Report on horse surra - Volume II, Part I
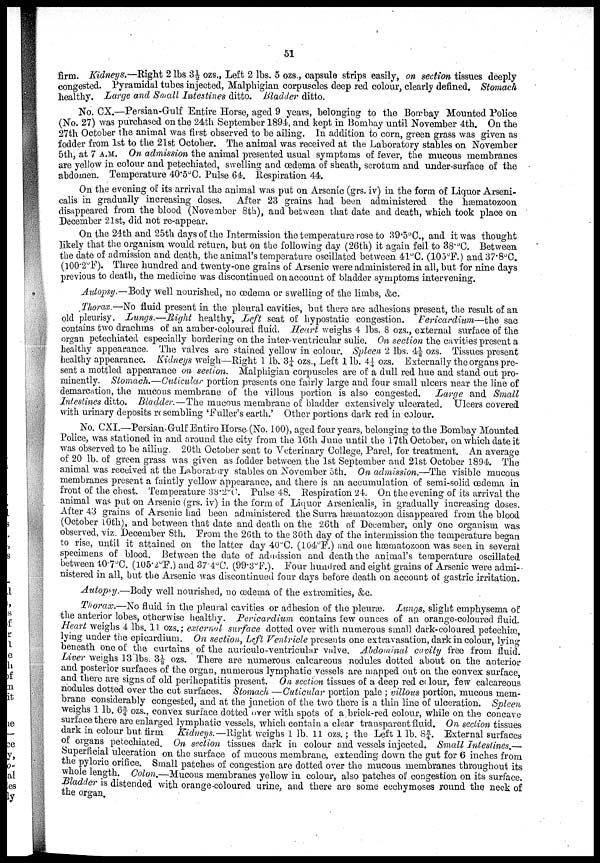
51
firm. Kidneys.—Right 2 lbs 3½ ozs., Left 2 lbs. 5 ozs., capsule strips easily, on section tissues deeply
congested. Pyramidal tubes injected, Malphigian corpuscles deep red colour, clearly defined. Stomach
healthy. Large and Small Intestines ditto. Bladder ditto.
No. CX.—Persian-Gulf Entire Horse, aged 9 years, belonging to the Bombay Mounted Police
(No. 27) was purchased on the 24th September 1894, and kept in Bombay until November 4th. On the
27th October the animal was first observed to be ailing. In addition to corn, green grass was given as
fodder from 1st to the 21st October. The animal was received at the Laboratory stables on November
5th, at 7 A.M. On admission the animal presented usual symptoms of fever, the mucous membranes
are yellow in colour and petechiated, swelling and œdema of sheath, scrotum and under-surface of the
abdomen. Temperature 40.5°C. Pulse 64. Respiration 44.
On the evening of its arrival the animal was put on Arsenic (grs. iv) in the form of Liquor Arseni-
calis in gradually increasing doses. After 23 grains had been administered the hæmatozoon
disappeared from the blood (November 8th), and between that date and death, which took place on
December 21st, did not re-appear.
On the 24th and 25th days of the Intermission the temperature rose to 39.5°C., and it was thought
likely that the organism would return, but on the following day (26th) it again fell to 38.°C. Between
the date of admission and death, the animal's temperature oscillated between 41°C. (105°F.) and37.8°C.
(100.2°F). Three hundred and twenty-one grains of Arsenic were administered in all, but for nine days
previous to death, the medicine was discontinued on account of bladder symptoms intervening.
Autopsy.—Body well nourished, no œdema or swelling of the limbs, &c.
Thorax.—No fluid present in the pleural cavities, but there are adhesions present, the result of an
old pleurisy. Lungs.—Right healthy, Left seat of hypostatic congestion. Pericardium—the sac
contains two drachms of an amber coloured fluid. Heart weighs 4 lbs. 8 ozs., external surface of the
organ petechiated especially bordering on the inter-ventricular sulie. On section the cavities present a
healthy appearance. The valves are stained yellow in colour. Spleen 2 lbs. 4½ ozs. Tissues present
healthy appearance. Kidneys weigh—Right 1 lb. 3¼ ozs., Left 1 lb. 4¼ ozs. Externally the organs pre-
sent a mottled appearance on section. Malphigian corpuscles are of a dull red hue and stand out pro-
minently. Stomach.—Cuticular portion presents one fairly large and four small ulcers near the line of
demarcation, the mucous membrane of the villous portion is also congested. Large and Small
Intestines ditto. Bladder.—The mucous membrane of bladder extensively ulcerated. Ulcers covered
with urinary deposits resembling 'Fuller's earth.' Other portions dark red in colour.
No. CXI.—Persian-Gulf Entire Horse (No. 100), aged four years, belonging to the Bombay Mounted
Police, was stationed in and around the city from the 16th June until the 17th October, on which date it
was observed to be ailing. 20th October sent to Veterinary College, Parel, for treatment. An average
of 20 lb. of green grass was given as fodder between the 1st September and 21st October 1894. The
animal was received at the Laboratory stables on November 5th. On admission.—The visible mucous
membranes present a faintly yellow appearance, and there is an accumulation of semi-solid œdema in
front of the chest. Temperature 38.2°C. Pulse 48. Respiration 24. On the evening of its arrival the
animal was put on Arsenic (grs. iv) in the form of Liquor Arsenicalis, in gradually increasing doses.
After 43 grains of Arsenic had been administered the Surra hæmatozoon disappeared from the blood
(October 10th), and between that date and death on the 26th of December, only one organism was
observed, viz. December 8th. From the 26th to the 30th day of the intermission the temperature began
to rise, until it attained on the latter day 40°C. (104°F.) and one hæmatozoon was seen in several
specimens of blood. Between the date of admission and death the animal's temperature oscillated
between 40.7°C. (105.2°F.) and 37.4°C. (99.3°F.). Four hundred and eight grains of Arsenic were admi-
nistered in all, but the Arsenic was discontinued four days before death on account of gastric irritation.
Autopsy.—Body well nourished, no œdema of the extremities, &c.
Thorax.—No fluid in the pleural cavities or adhesion of the pleuræ. Lungs, slight emphysema of
the anterior lobes, otherwise healthy. Pericardium contains few ounces of an orange-coloured fluid.
Heart weighs 4 lbs. 11 ozs.; external surface dotted over with numerous small dark-coloured petechiæ,
lying under the epicardium. On section, Left Ventricle presents one extravasation, dark in colour, lying
beneath one of the curtains of the auriculo-ventricular valve. Abdominal cavity free from fluid.
Liver weighs 13 lbs. 3½ ozs. There are numerous calcareous nodules dotted about on the anterior
and posterior surfaces of the organ, numerous lymphatic vessels are mapped out on the convex surface,
and there are signs of old perihepatitis present. On section tissues of a deep red colour, few calcareous
nodules dotted over the cut surfaces. Stomach —Cuticular portion pale ; villous portion, mucous mem-
brane considerably congested, and at the junction of the two there is a thin line of ulceration. Spleen
weighs 1 lb. 6¾ ozs., convex surface dotted over with spots of a brick-red colour, while on the concave
surface there are enlarged lymphatic vessels, which contain a clear transparent fluid. On section tissues
dark in colour but firm Kidneys. — Right weighs 1 lb. 11 ozs.; the Left 1 lb. 8¾. External surfaces
of organs petechiated. On section tissues dark in colour and vessels injected. Small Intestines.—
Superficial ulceration on the surface of mucous membrane, extending down the gut for 6 inches from
the pyloric orifice. Small patches of congestion are dotted over the mucous membranes throughout its
whole length. Colon.—Mucous membranes yellow in colour, also patches of congestion on its surface.
Bladder is distended with orange-coloured urine, and there are some ecchymoses round the neck of
the organ.